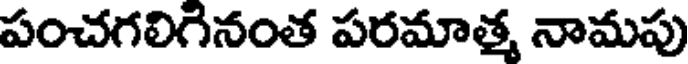
పంచగలిగినంత పరమాత్మ నామపు